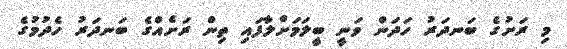
މި ރަށުގެ ބަނދަރު ހަދަން ވަނީ ބީލަމަށްލާފައި ތިން ރަށެއްގެ ބަނދަރު ހެދުމުގެ